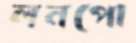
লনপো